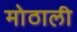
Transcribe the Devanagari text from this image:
माेठाली